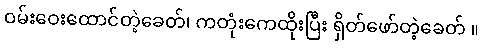
ဝမ်းဝေးထောင်တဲ့ခေတ်၊ ကတုံးကေထိုးပြီး ရှိတ်ဖော်တဲ့ခေတ် ။